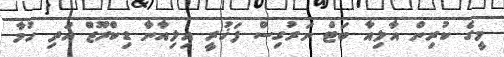
މީގެ ކުރިން އާލިއާ ބަޓް ނަރުގިސް ފަޚުރީ އިލިއާނާ ޑިކްރޫޒް އަދި ހުމާ